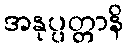
အနုပ္ပတ္တာနိ